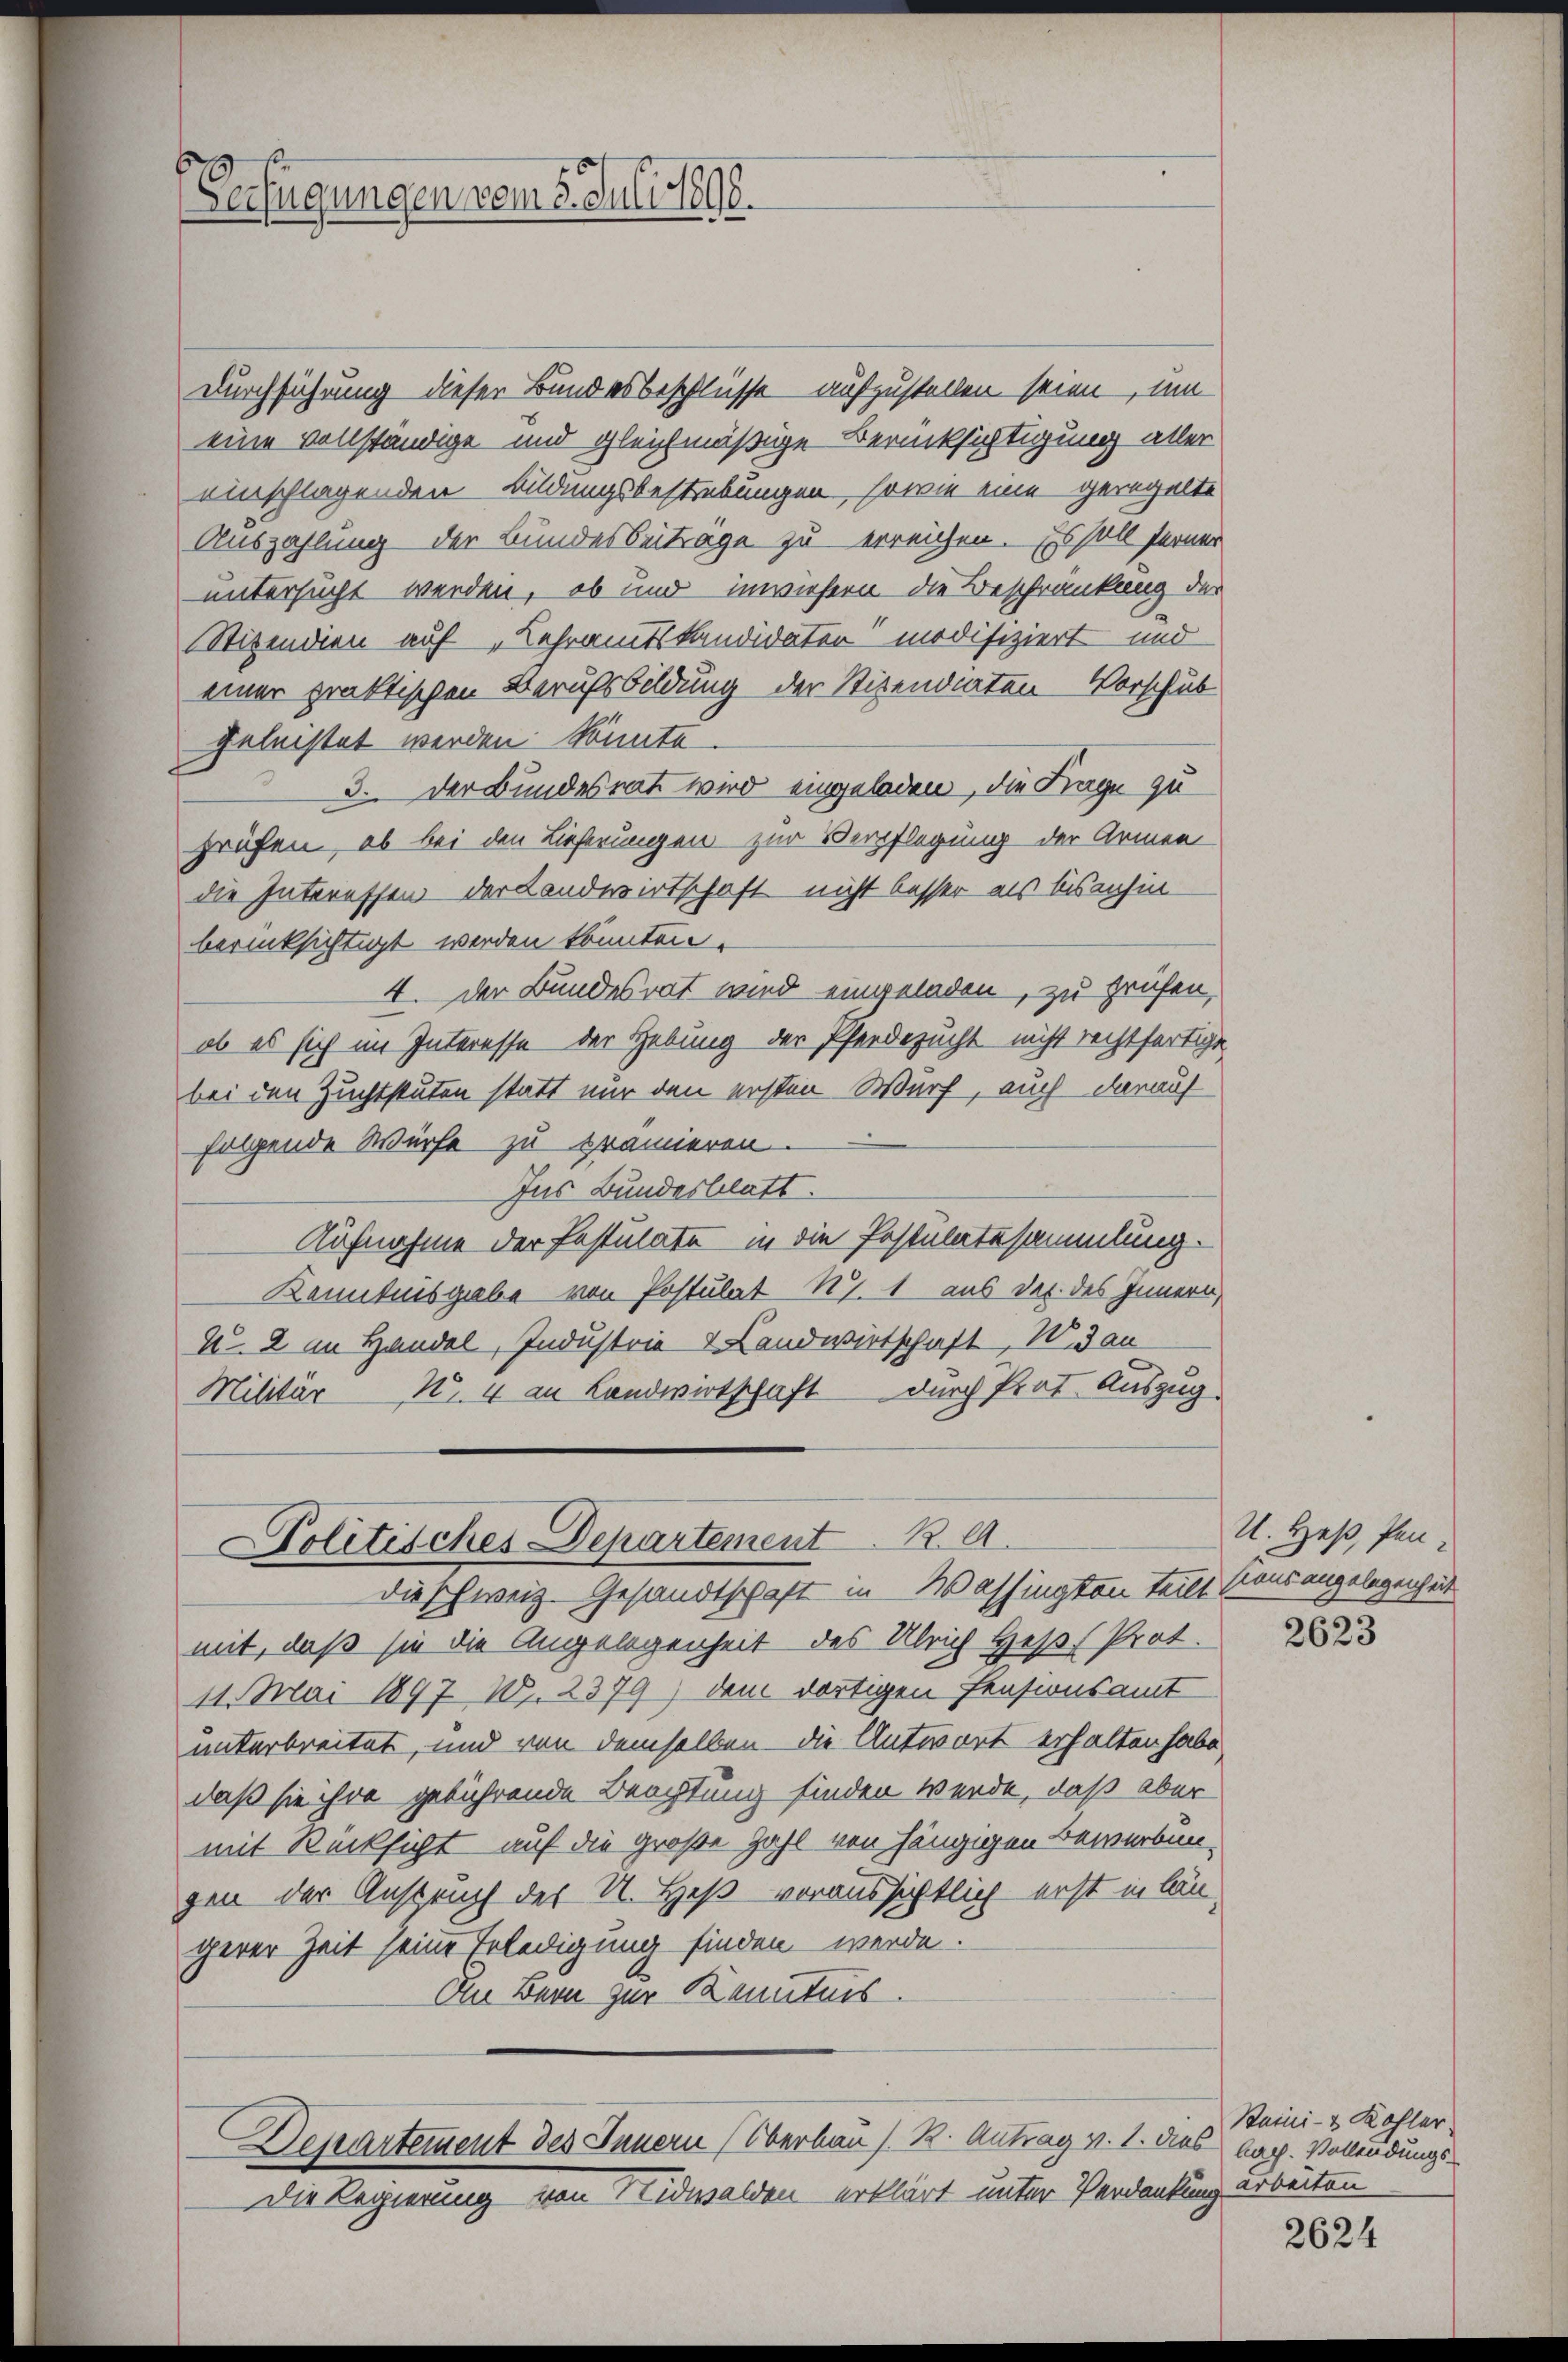
Verfügungen vom 8. Juli 1890.

Durchführung dieser Bundesbeschlüsse aufzustellen seien, um
eine vollständige und gleichmäßige Berücksichtigung aller
einschlagenden Bildungsbestrebungen, sowie eine geregelte
Auszahlung der Bundesbeiträge zu erreichen. Es soll ferner
untersucht werden, ob und inwiefern die Beschränkung der
Stipendien auf Lehramtskandidater modifiziert und
einer praktischen Berufsbildung der Stipendiaten Vorschub
geleistet werden könnte.
3. Der Bundesrat wird eingeladen, die Frage zu
prüfen, ob bei den Lieferungen zur Verpflegung der Armen
die Interessen der Landwirtschaft nicht besser als bisanhin-
berücksichtigt werden könnten.
4. Der Bundesrat wird eingeladen, zu prüfen,
ob es sich im Interesse der Hebung der Pferdezucht nicht rechtfertige
bei den Zuchtstuten statt nur den ersten Wurf, auch darauf
folgende Würfe zu prämieren.
Ins Bundesblatt.
Aufnahme der Postulate in die Postulatssammlung.
Kenntnisgabe von Postulat N. 1 aus der des Innern,
u. 2 an Handel, Industrie Handwirtschaft, W. dan
Militär Nr. 4 an Landwirtschaft durch Prat. Auszug

Politisches Departement R
die schweiz. Gesandtschaft in Wassington teilt.

mit, daß sie die Angelegenheit des Ulrich Heß Prot.
11. Mai 1897 10. 2379) dem dortigen Pensionsamt
unterbreitet, und von demselben die Antwort erhalten habe,
daß sie ihre gebührende Beachtung finden werde, daß aber
mit Rücksicht auf die große Zahl von hängigen Bewerbun-
gen der Anspruch des U. Heß voraussichtlich erst in längerer Zeit seine Erledigung finden werde.
Am Bern zur Kenntnis
Departement des Innern (Oberbau s. R. Antrag v. 1. das bach. Vollendungs¬
Die Regierung von Nidwalden erklärt unter Verdankung arbeiten

U. Heß, Pen-
siens angelegenheit

2623

Baini- & Kohler

2624